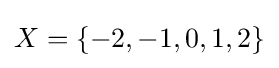
X=\{-2,-1,0,1,2\}